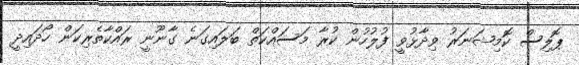
ޕޮލިސް ކޮމިޝަނަރު ވިދާޅުވީ ފުލުހުން ކުރާ މަސައްކަތް ބަލައިގަނެ ގާނޫނީ ރައްކާތެރިކަން ހޯދައިދީ